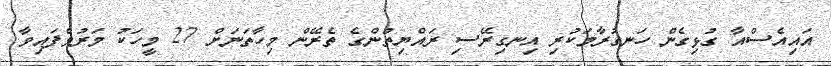
އައިއެސްއާ ގުޅިގެން ހަނގުރާމަކުރި އިނގިރޭސި ރައްޔިތުންގެ ތެރޭން މިހާތަނަށް 27 މީހަކު މަރުވެފައިވާ